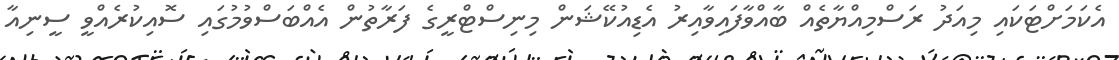
އެކަމަށްޓަކައި މިއަދު ރަސްމިއްޔާތެއް ބާއްވާފައިވާއިރު އެޑިއުކޭޝަން މިނިސްޓްރީގެ ފަރާތުން އެއްބަސްވުމުގައި ސޮއިކުރެއްވީ ސީނިއާ